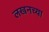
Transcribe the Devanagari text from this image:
लखनच्या